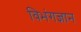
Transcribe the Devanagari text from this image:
विभंगज्ञान